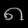
Digit: ၈